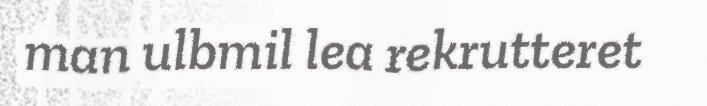
man ulbmil lea rekrutteret